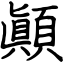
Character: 顚